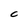
Character: C